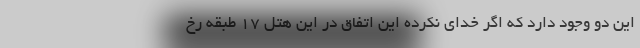
این دو وجود دارد که اگر خدای نکرده این اتفاق در این هتل 17 طبقه رخ